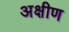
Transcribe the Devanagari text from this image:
अक्षीण